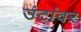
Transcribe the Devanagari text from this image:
उंटांवर